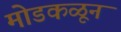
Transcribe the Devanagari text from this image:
मोडकळून